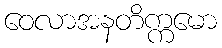
ဝေလာအနတိက္ကမော